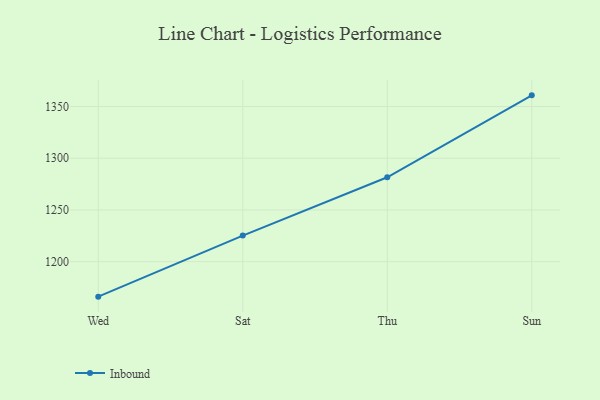
{"axis": {"x": "Day", "y": "Gross Profit (USD K)"}, "legend": ["Inbound"], "data": [{"x": "Wed", "y": 1166.2, "type": "Inbound"}, {"x": "Sat", "y": 1225.2, "type": "Inbound"}, {"x": "Thu", "y": 1281.6, "type": "Inbound"}, {"x": "Sun", "y": 1360.8, "type": "Inbound"}]}